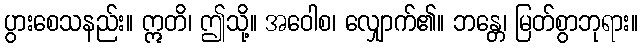
ပွားစေသနည်း။ ဣတိ၊ ဤသို့။ အဝေါစ၊ လျှောက်၏။ ဘန္တေ၊ မြတ်စွာဘုရား။